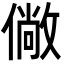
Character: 僘